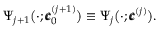
\Psi _ { j + 1 } \big ( \cdot ; \pmb { c } _ { 0 } ^ { ( j + 1 ) } \big ) \equiv \Psi _ { j } \big ( \cdot ; \pmb { c } ^ { ( j ) } \big ) .